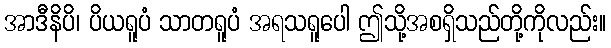
အာဒီနိပိ၊ ပိယရူပံ သာတရူပံ အရသရူပေါ ဤသို့အစရှိသည်တို့ကိုလည်း။